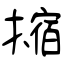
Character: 摍